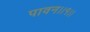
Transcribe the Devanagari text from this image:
पावन।।१।।